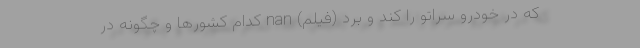
که در خودرو سراتو را کند و برد (فیلم) nan کدام کشورها و چگونه در